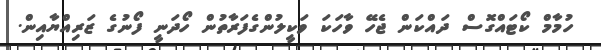
ހުމާމް ކޯޓައްގޮސް ދައްކަން ޖެހޭ ވާހަކަ ވަކީލުންގެފަރާތުން ހޯދަނީ ފޯނުގެ ޒަރިއްޔާއިން.